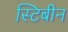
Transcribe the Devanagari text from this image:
स्टिबीन